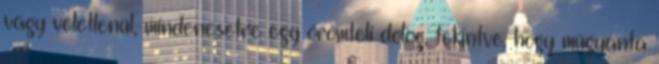
vagy véletlenül, mindenesetre egy örömteli dolog, tekintve, hogy műgyanta